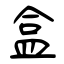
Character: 盒